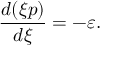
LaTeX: \frac { d ( \xi p ) } { d \xi } = - \varepsilon .